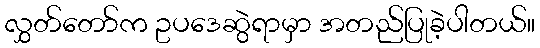
လွှတ်တော်က ဥပဒေဆွဲရာမှာ အတည်ပြုခဲ့ပါတယ်။